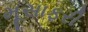
મૂસાફરી